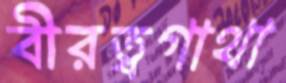
বীরত্বগাথা